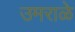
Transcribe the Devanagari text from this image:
उमराळे